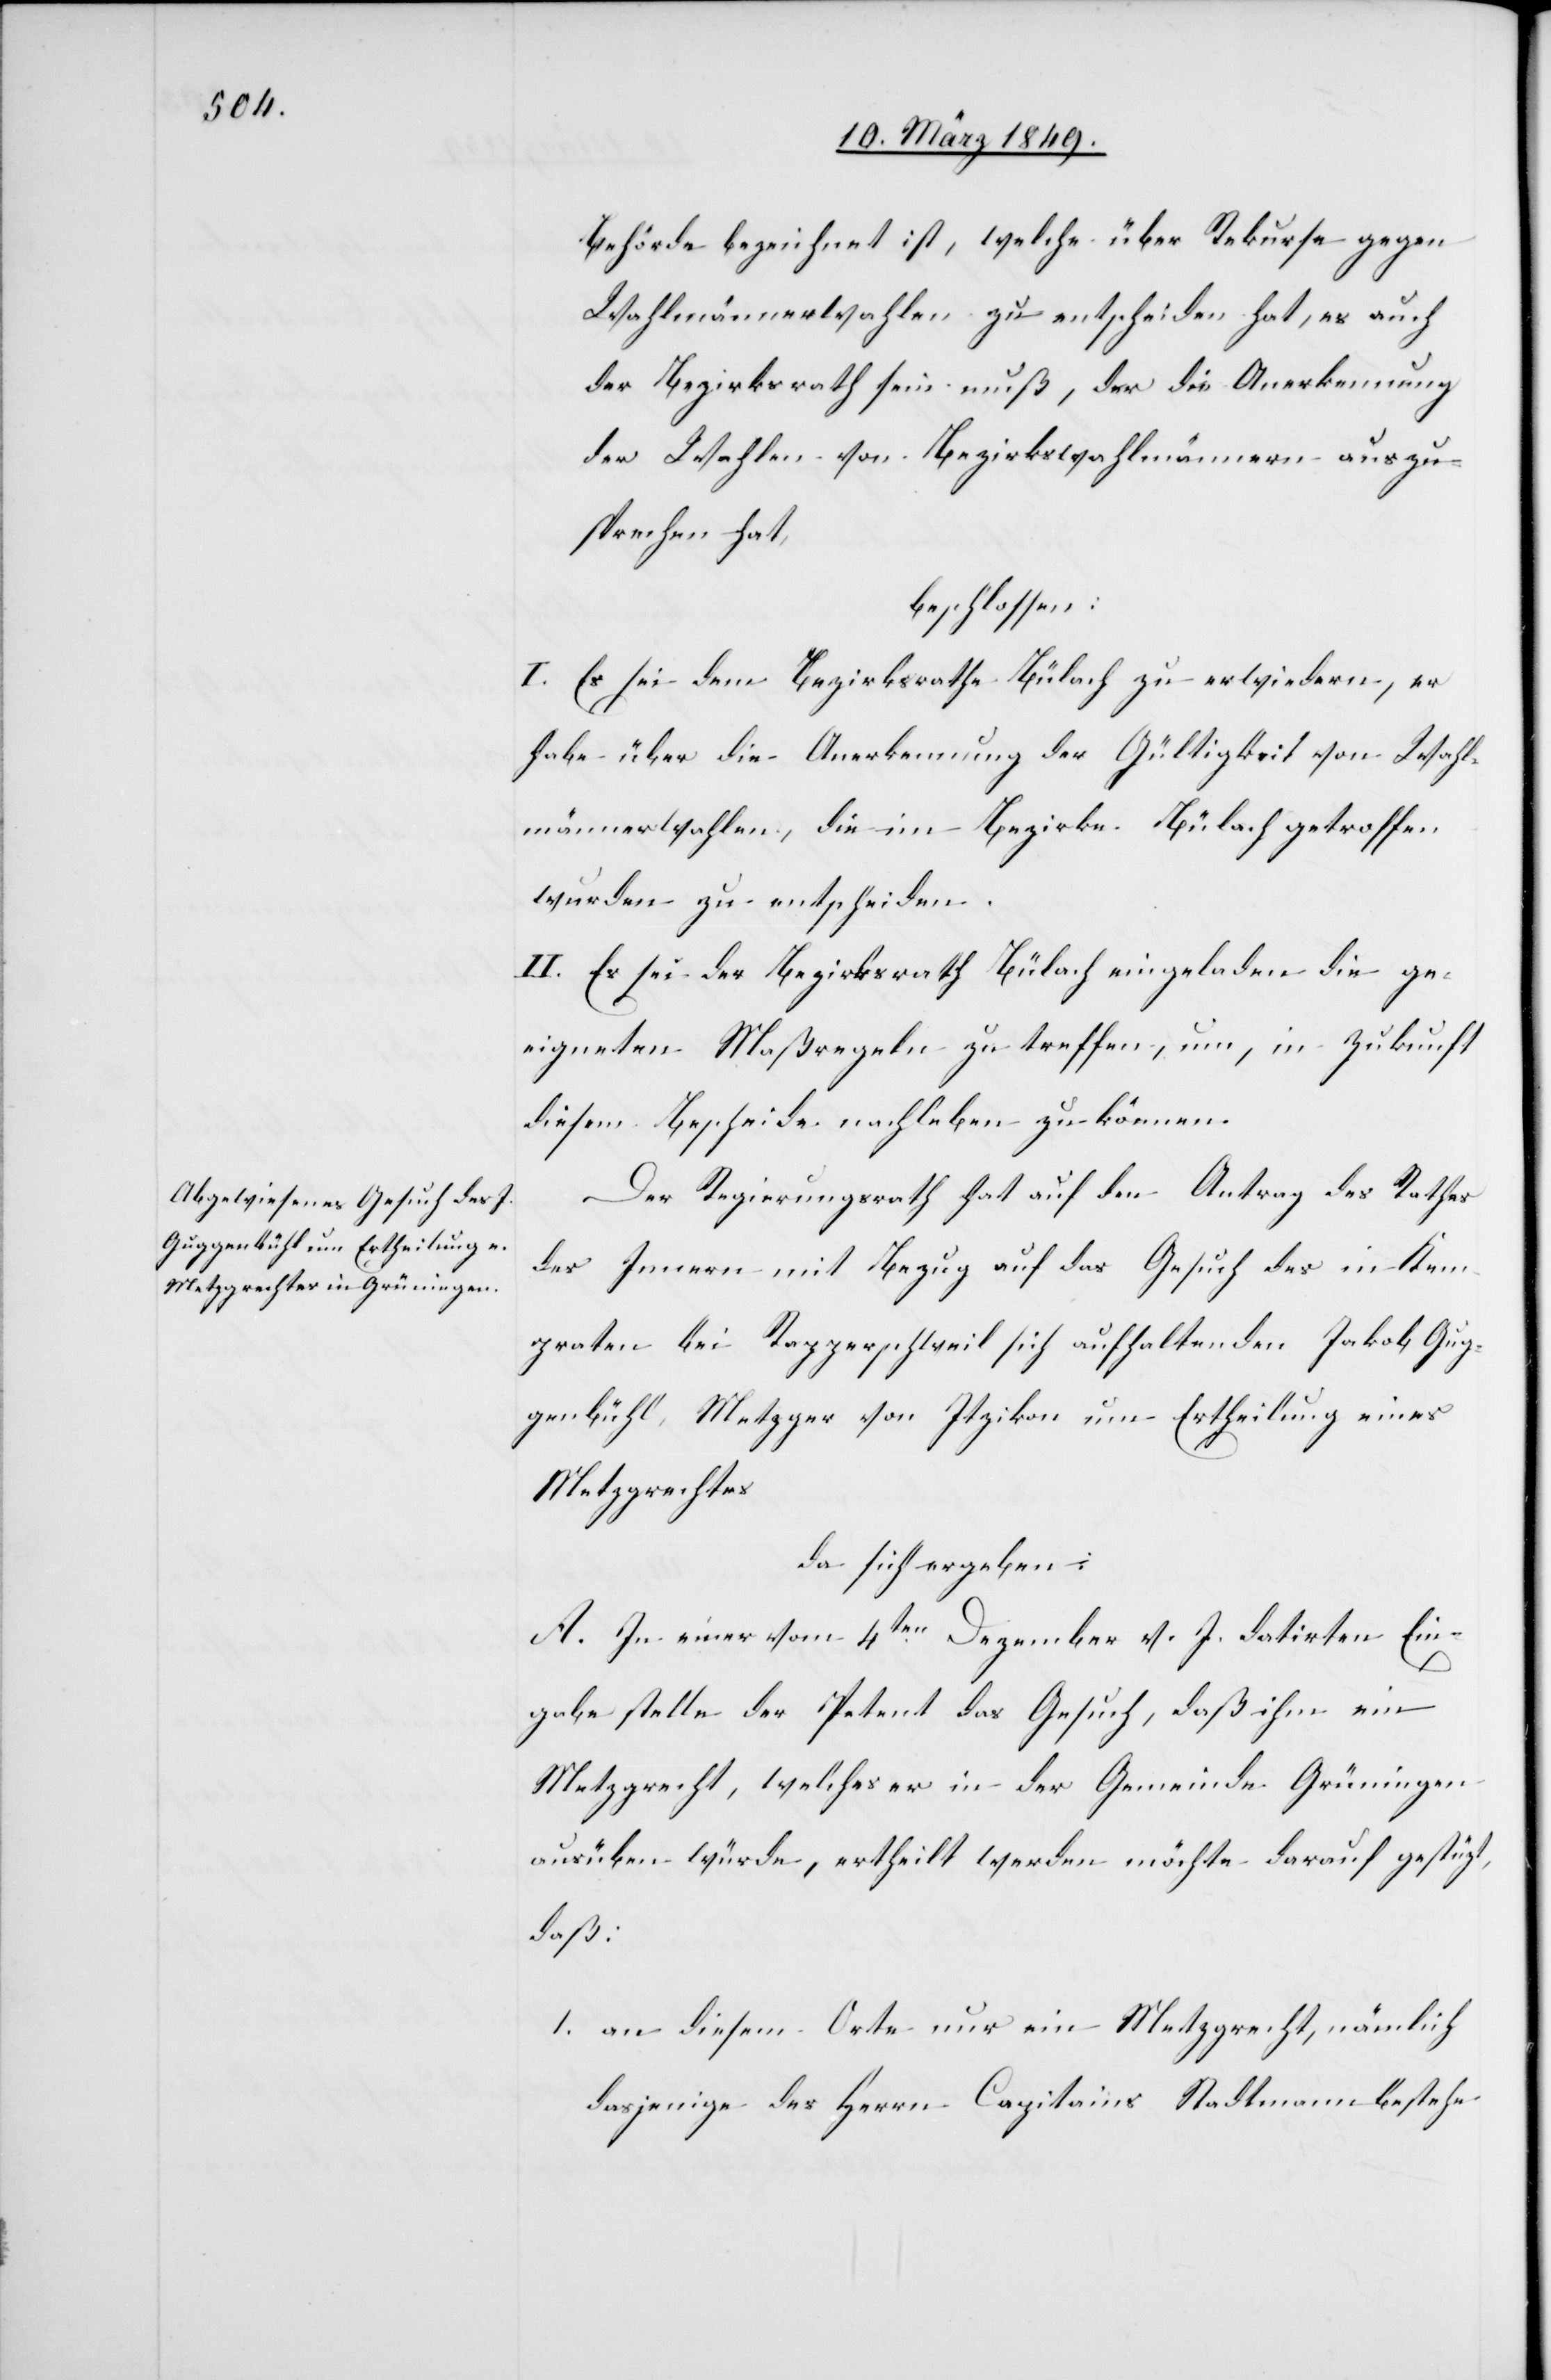
Behörde bezeichnet ist, welche über Rekurse gegen
Wahlmännerwahlen zu entscheiden hat, es auch
der Bezirksrath sein muß, der die Anerkennung
der Wahlen von Bezirkswahlmännern auszu¬
sprechen hat,
beschlossen:
I. Es sei dem Bezirksrathe Bülach zu erwiedern, er
habe über die Anerkennung der Gültigkeit von Wahl¬
männerwahlen, die im Bezirke Bülach getroffen
wurden zu entscheiden.
II. Es sei der Bezirksrath Bülach eingeladen die ge¬
eigneten Maßregeln zu treffen, um, in Zukunft
diesem Bescheide nachleben zu können.
Der Regierungsrath hat auf den Antrag des Rathes
des Innern mit Bezug auf das Gesuch des in Kem¬
praten bei Rapperschweil sich aufhaltenden Jakob Gug¬
genbühl, Metzger von Itzikon um Ertheilung eines
Metzgrechtes
da sich ergeben:
A. In einer vom 4ten. Dezember v. J. datirten Ein¬
gabe stelle der Petent das Gesuch, daß ihm ein
Metzgrecht, welches er in der Gemeinde Grüningen
ausüben würde, ertheilt werden möchte darauf gestützt,
daß
1. an diesem Orte nur ein Metzgrecht, nämlich
dasjenige des Herrn Capitains Stadtmann bestehe